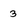
Character: 3